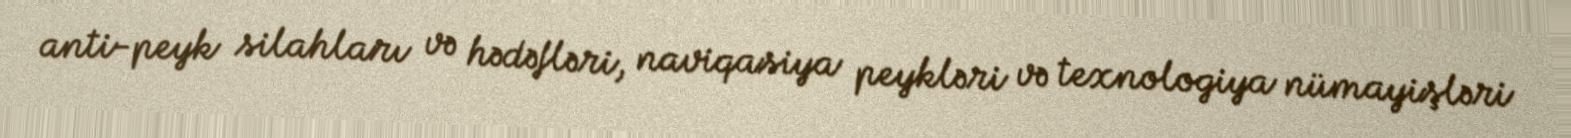
anti-peyk silahları və hədəfləri, naviqasiya peykləri və texnologiya nümayişləri